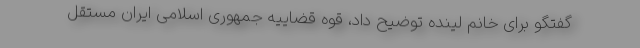
گفتگو برای خانم لینده توضیح داد، قوه قضاییه جمهوری اسلامی ایران مستقل